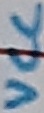
Text: VCC